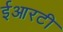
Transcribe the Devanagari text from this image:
ईआरटी